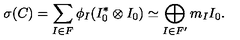
\sigma ( C ) = \sum _ { I \in F } \phi _ { I } ( I _ { 0 } ^ { * } \otimes I _ { 0 } ) \simeq \bigoplus _ { I \in F ^ { \prime } } m _ { I } I _ { 0 } .